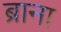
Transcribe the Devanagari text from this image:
ब्राना